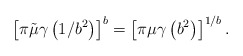
\begin{align*}\left\lbrack \pi\tilde\mu \gamma\left(1/b^2\right)\right\rbrack^b= \left\lbrack \pi\mu \gamma\left(b^2\right)\right\rbrack^{1/b}.\end{align*}